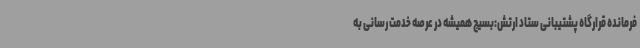
فرمانده قرارگاه پشتیبانی ستاد ارتش:بسیج همیشه در عرصه خدمت رسانی به